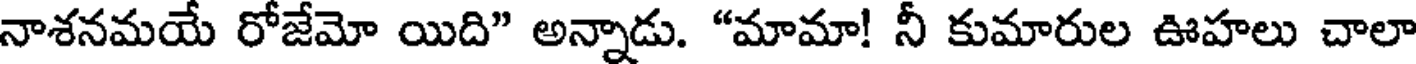
నాశనమయే రోజేమో యిది" అన్నాడు. "మామా! నీ కుమారుల ఊహలు చాలా